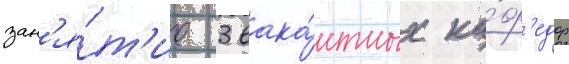
зан'я́т'ие 3 вака́нтных ка́ф'едр